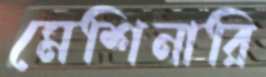
মেশিনারি